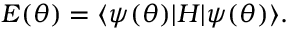
E ( { \boldsymbol { \theta } } ) = \ensuremath { \langle { \psi ( { \boldsymbol { \theta } } ) } \rvert } H \ensuremath { \lvert { \psi ( { \boldsymbol { \theta } } ) } \rangle } .